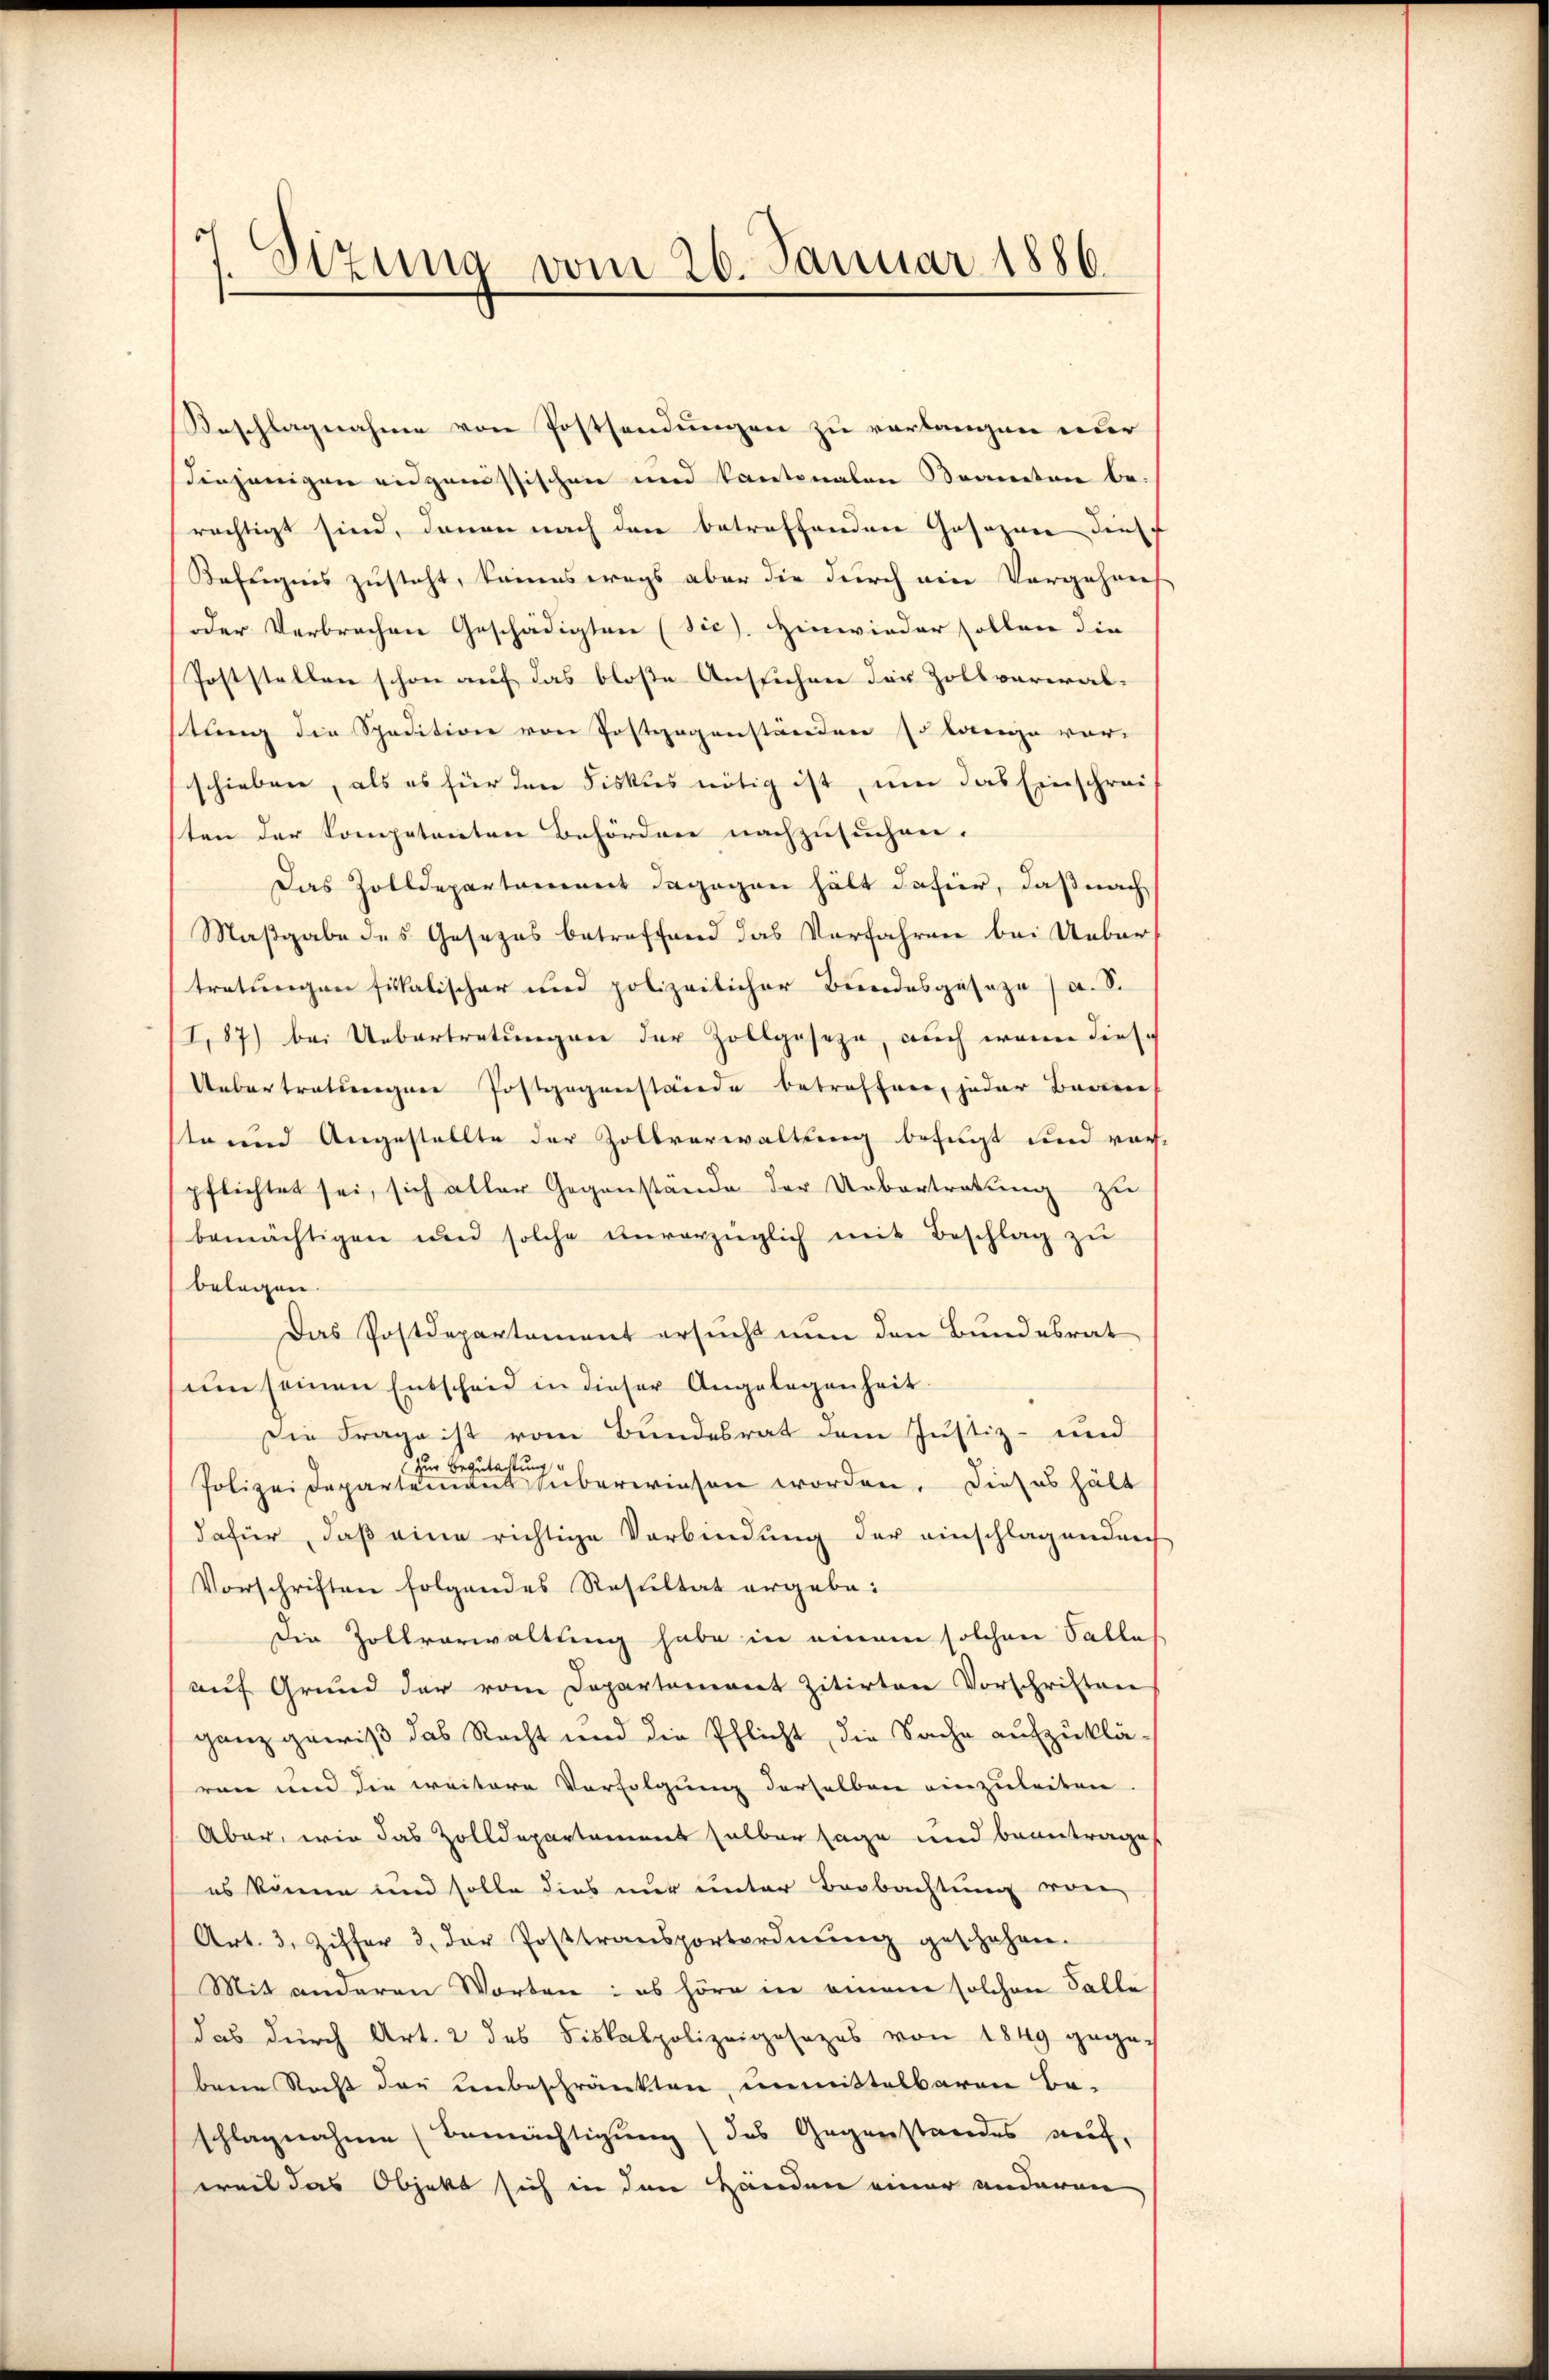
Sizung vom 26. Januar 1886.

Beschlagnahme von Postsendungen zu verlangen nur
diejenigen eidgenössischen und Kantonalen Kranten be-
rächtigt sind, denen nach den betreffenden Gesezen dies
Befugnis zusteht, keineswegs aber die durch ein Vorgehrens
oder Verbrechen Geschädigten (sic). Hinwieder sollen die
Poststellen schon auf das bloße Aussichen der Zollverwalstung die Spedition von Postgegenständen so lange vor-
schieben, als es für den Fiskus nötig ist, um das Einschreit
ten der Kompetenten Behördere nachzusuchen.
Das Zolldepartament dagegen hält dafür, daß nach
Maßgabe des Gesezes betreffend das Verfahren bei Ueber
tretungen fiskalischer und polizeilicher Bundesgeseze, a. S.
I,87) bei Uebertretungen der Zollgeseze, auch wenn diese
Uebertretungen Postgegenstände betreffen, jeder Baaren
staund Angestellte der Zollverwaltung befugt und vorpflichtet sei, sich aller Gegenstände der Uebertretung zu
bemächtigen und solche unverzüglich mit Beschlag zŭ
belegen.
Das Postdepartement ersucht nun den Bundesrat
um seinen Entscheid in dieser Angelegenheit.
Die Frage ist vom Bundesrat dem Justiz- und
zur Begutachtung,
Polizeidepartemens überwiesen worden. Dieses hält
dafür, daß eine richtige Verbindung der einschlagenden
Vorschriften folgendes Resultat ergabe:
Die Zollverwaltung habe in einem solchen Salle
auf Grund der vom Departement zitirten Vorschriften
ganz gewiß das Recht und die Pflicht, die Sache aufzuklären und die weitere Verfolgung derselben einzuleiten.
Aber, wie das Zolldepartament selber sage und beantrage,
es könne und solle dies nur unter Beobachtung von
Art. 3. Ziffer 3. der Posttransportordnŭng geschehen.
Mit anderen Worten: es höre in einem solchen Falle
das durch Art. 2 des Fiskalpolizeigesezes von 1849 gege-
bene Recht der unbeschränkten, unmittelbaren Be-
schlagnahme (Bemächtigung (das Gegenstandes auf,
weil das Objekt sich in den Händen einer anderen